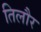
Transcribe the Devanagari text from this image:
तिलौर